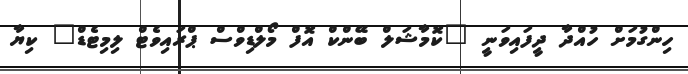
ހިންގުމަށް ހުއްދާ ދީފައިވަނީ "ކޮމާޝަލް ބޭންކް އޮފް މޯލްޑިވްސް ޕްރައިވެޓް ލިމިޓެޑް" ކިޔާ